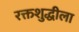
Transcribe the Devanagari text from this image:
रक्तशुद्धीला